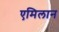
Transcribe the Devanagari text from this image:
एमिलान